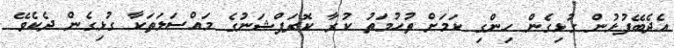
އެދެބޭފުޅުން ގުޅިގެން ހިންގި ކަމަށް ތުހުމަތު ކުރާ ކޮރަޕްޝަނުގެ މައްސަލަތަކާ ގުޅިގެން ދެކެވޭ